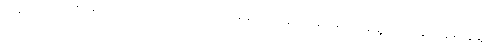
တရားဥပဒေ စိုးမိုးရေး ပိုအားကောင်းဖို့ လုပ်ရမယ်၊ ဖန်လုံအိမ် ဓာတ်ငွေ့ထုတ်လွှတ်မှုတွေနဲ့